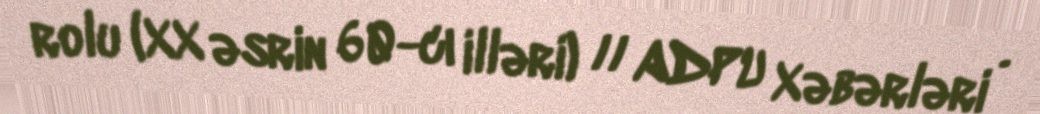
rolu (XX əsrin 60-cı illəri) // ADPU Xəbərləri .